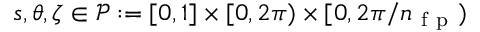
s , \theta , \zeta \in \mathcal { P } : = [ 0 , 1 ] \times [ 0 , 2 \pi ) \times [ 0 , 2 \pi / n _ { \mathrm { ~ f ~ p ~ } } )